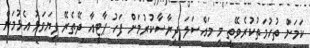
ކަމަށް ތުހުމަތުކުރެވޭތީ މި މައްސަލަ ދިރާސާކުރުމަށް ފަހު ޕާޓީއާ ދޭތެރޭ ފިޔަވަޅު އެޅުމަށް